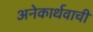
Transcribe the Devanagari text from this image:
अनेकार्थवाची